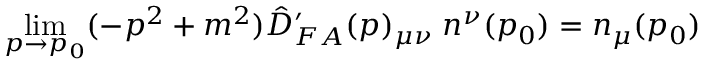
\operatorname * { l i m } _ { p \rightarrow p _ { 0 } } ( - p ^ { 2 } + m ^ { 2 } ) \hat { D } _ { F A } ^ { \prime } ( p ) _ { \mu \nu } \; n ^ { \nu } ( p _ { 0 } ) = n _ { \mu } ( p _ { 0 } )